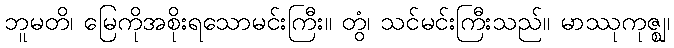
ဘူမတိ၊ မြေကိုအစိုးရသောမင်းကြီး။ တွံ၊ သင်မင်းကြီးသည်။ မာဿုကုဇ္ဈ၊